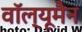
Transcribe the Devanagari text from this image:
वॉल्यूमैन